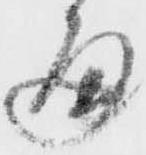
通